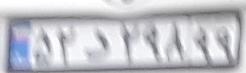
۵۲د۲۹۸۹۹